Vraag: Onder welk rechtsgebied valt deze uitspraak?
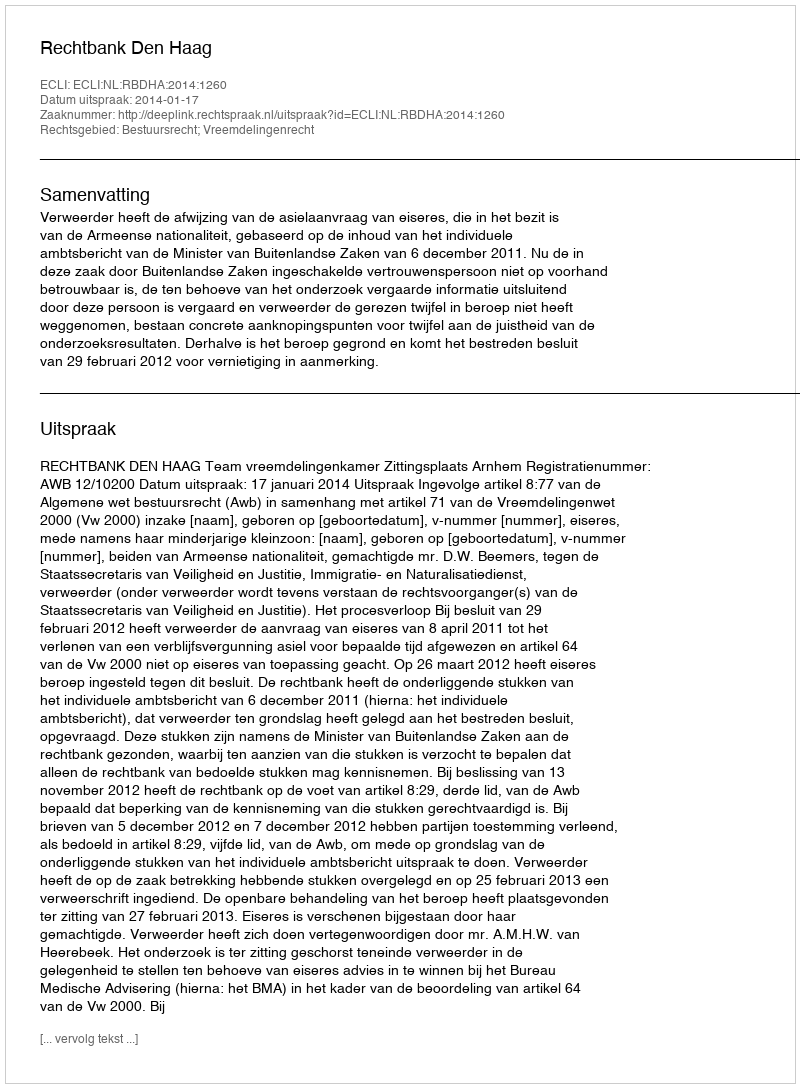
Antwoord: Bestuursrecht; Vreemdelingenrecht